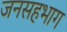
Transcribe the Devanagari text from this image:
जनसहभाग